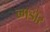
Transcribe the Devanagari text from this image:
ब्गडोर